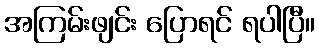
အကြမ်းဖျင်း ပြောရင် ရပါပြီ။